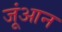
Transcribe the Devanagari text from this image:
जूंआन